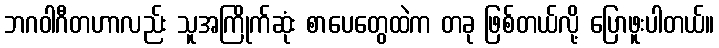
ဘဂဝါဂီတဟာလည်း သူအကြိုက်ဆုံး စာပေတွေထဲက တခု ဖြစ်တယ်လို့ ပြောဖူးပါတယ်။